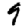
Digit: 9